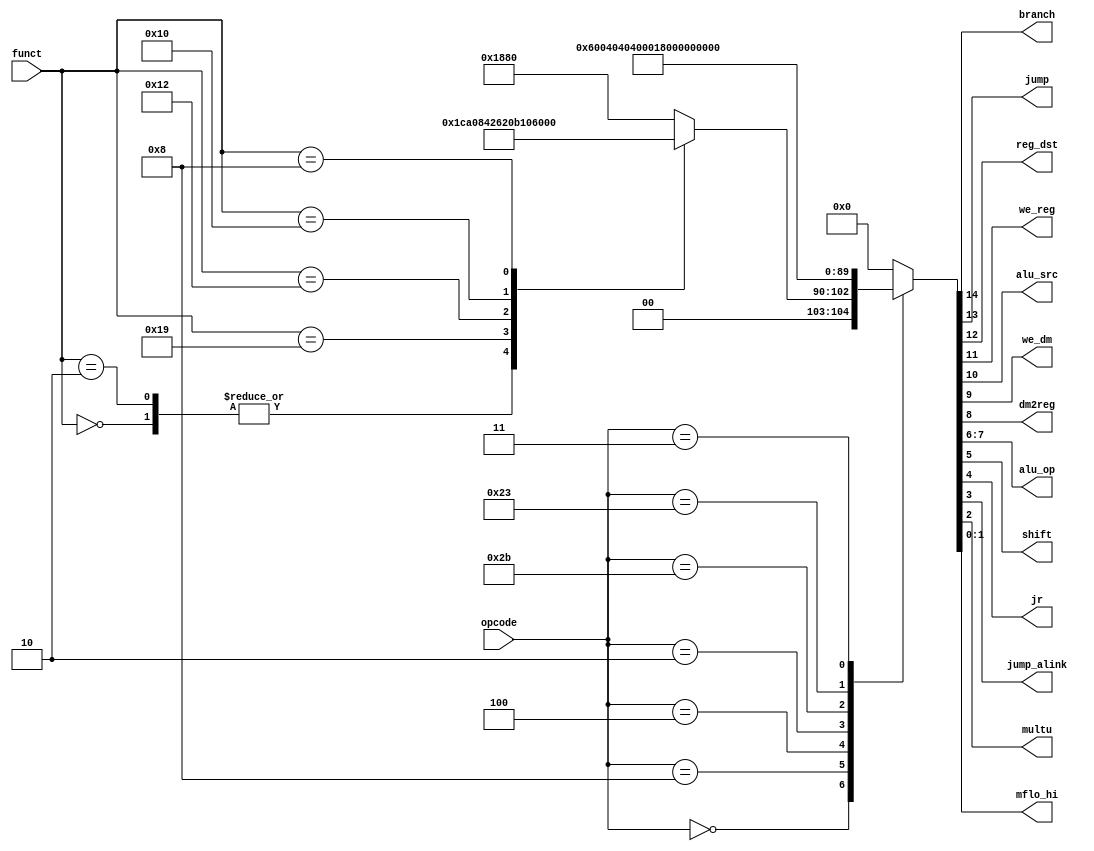
module maindec (
        input  wire [5:0] opcode,
        input  wire [5:0] funct,
        output wire       branch,
        output wire       jump,
        output wire       reg_dst,
        output wire       we_reg,
        output wire       alu_src,
        output wire       we_dm,
        output wire       dm2reg,
        output wire [1:0] alu_op,
        //additional cu
        output wire         shift,
        output wire         jr,
        output wire         jump_alink,
        output wire         multu,
        output wire [1:0]   mflo_hi
    );

    reg [14:0] ctrl;

    assign {branch, jump, reg_dst, we_reg, alu_src, we_dm, dm2reg, alu_op, shift, jr, jump_alink, multu, mflo_hi} = ctrl;

    always @ (opcode,funct) begin
        case (opcode)
            6'b00_0000: begin
                case(funct)//set op = 10
                6'b00_0000: ctrl = 15'b0_0_1_1_1_0_0_10_1_0_0_0_00;  //shift left/right logical
                6'b00_0010: ctrl = 15'b0_0_1_1_1_0_0_10_1_0_0_0_00;  //shift right logical
                6'b01_1001: ctrl = 15'b0_0_1_0_0_0_0_10_0_0_0_1_00;  //multu
                6'b01_0010: ctrl = 15'b0_0_1_1_0_0_0_10_0_0_0_0_10;  //mflo 
                6'b01_0000: ctrl = 15'b0_0_1_1_0_0_0_10_0_0_0_0_11;  //mfhi
                6'b00_1000: ctrl = 15'b0_0_0_0_0_0_0_10_0_1_0_0_00;  //jr
                default: ctrl = 15'b0_0_1_1_0_0_0_10_0_0_0_0_00; // for normal R-type(and, or, add, sub,slt) 
                endcase
            end
            6'b00_1000: ctrl = 15'b0_0_0_1_1_0_0_00_0_0_0_0_00; // ADDI
            6'b00_0100: ctrl = 15'b1_0_0_0_0_0_0_01_0_0_0_0_00; // BEQ
            6'b00_0010: ctrl = 15'b0_1_0_0_0_0_0_00_0_0_0_0_00; // J
            6'b10_1011: ctrl = 15'b0_0_0_0_1_1_0_00_0_0_0_0_00; // SW
            6'b10_0011: ctrl = 15'b0_0_0_1_1_0_1_00_0_0_0_0_00; // LW
            6'b00_0011: ctrl = 15'b0_1_0_1_0_0_0_00_0_0_1_0_00;//jump_alink
            default:    ctrl = 15'b0_0_0_0_0_0_0_00_0_0_0_0_00;
        endcase
    end

endmodule